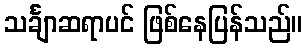
သင်္ချာဆရာပင် ဖြစ်နေပြန်သည်။